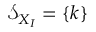
\mathcal { S } _ { X _ { I } } = \{ k \}